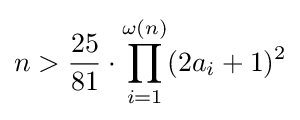
n>{\frac {25}{81}}\cdot \prod _{i=1}^{\omega (n)}(2a_{i}+1)^{2}